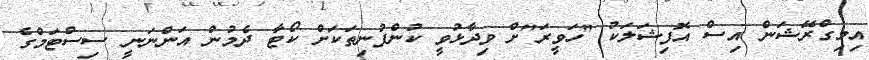
އިމިގްރޭޝަން އިސް އޮފިޝަލަކު "ހަވީރަ"ށް ވިދާޅުވީ ކުންފުނިތަކަށް ކޯޓާ ދެމުން އަންނަނީ ސިސްޓަމްގެ